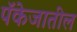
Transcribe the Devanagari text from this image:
पॅकेजातील